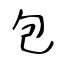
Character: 包